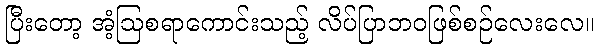
ပြီးတော့ အံ့ဩစရာကောင်းသည့် လိပ်ပြာဘဝဖြစ်စဉ်လေးလေ။